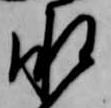
承